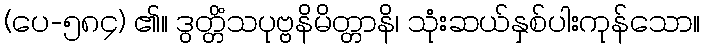
(ပေ-၅၈၄) ၏။ ဒွတ္တိံသပုဗ္ဗနိမိတ္တာနိ၊ သုံးဆယ်နှစ်ပါးကုန်သော။